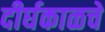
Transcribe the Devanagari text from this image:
दीर्घकाळचे